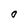
Character: O